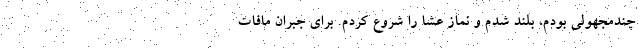
چندمجهولی بودم، بلند شدم و نماز عشا را شروع کردم. برای جبران مافات